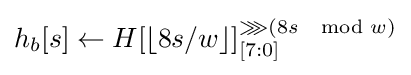
h_{b}[s]\leftarrow H[\lfloor 8s/w\rfloor ]_{[7:0]}^{\ggg (8s\mod w)}